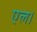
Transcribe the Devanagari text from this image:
एल।